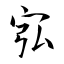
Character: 宖